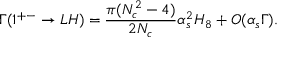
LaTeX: \Gamma ( 1 ^ { + - } \rightarrow L H ) = \frac { \pi ( N _ { c } ^ { 2 } - 4 ) } { 2 N _ { c } } \alpha _ { s } ^ { 2 } H _ { 8 } + O ( \alpha _ { s } \Gamma ) .